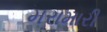
મરામારી